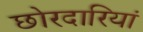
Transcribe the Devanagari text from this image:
छोरदारियां